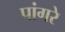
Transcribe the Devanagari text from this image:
पांगरे